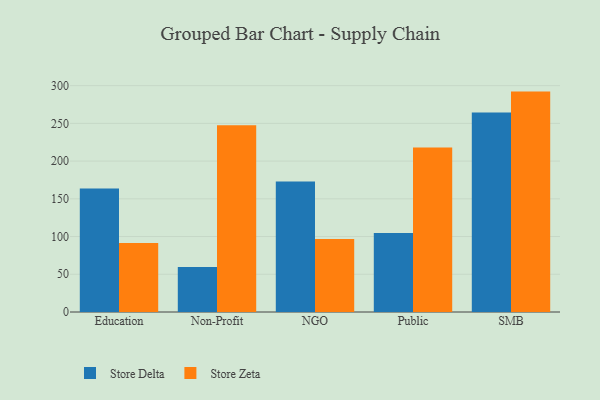
{"axis": {"x": "Segment", "y": "Temperature (°C)"}, "legend": ["Store Delta", "Store Zeta"], "data": [{"x": "Education", "y": 163.6, "type": "Store Delta"}, {"x": "Education", "y": 91.3, "type": "Store Zeta"}, {"x": "Non-Profit", "y": 59.5, "type": "Store Delta"}, {"x": "Non-Profit", "y": 247.4, "type": "Store Zeta"}, {"x": "NGO", "y": 172.8, "type": "Store Delta"}, {"x": "NGO", "y": 96.6, "type": "Store Zeta"}, {"x": "Public", "y": 104.6, "type": "Store Delta"}, {"x": "Public", "y": 217.9, "type": "Store Zeta"}, {"x": "SMB", "y": 264.4, "type": "Store Delta"}, {"x": "SMB", "y": 292.1, "type": "Store Zeta"}]}